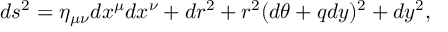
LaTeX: d s ^ { 2 } = \eta _ { \mu \nu } d x ^ { \mu } d x ^ { \nu } + d r ^ { 2 } + r ^ { 2 } ( d \theta + q d y ) ^ { 2 } + d y ^ { 2 } ,